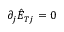
\partial _ { j } \hat { E } _ { T j } = 0